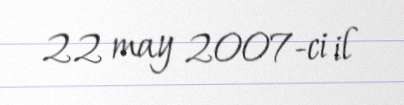
22 may 2007-ci il